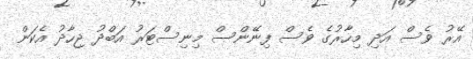
އޭރު ވެސް އަދި މިހާރުގެ ވެސް ފިނޭންސް މިނިސްޓަރު އަބްދު ޖިހާދު އެކަން